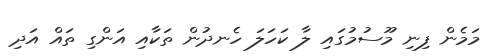
މަމެން ފިނި މޫސުމުގައި ލާ ކަހަލަ ހެނދުން ތަކާއި އަންގި ތައް އަދި